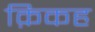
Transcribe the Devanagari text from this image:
क़िकह